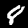
Label: 8